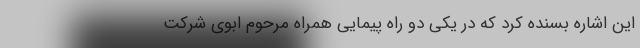
این اشاره بسنده کرد که در یکی دو راه پیمایی همراه مرحوم ابوی شرکت